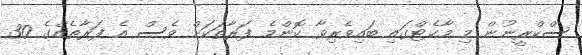
ސްކްރީނުން މި މާކެޓްގައި ބައިވެރިވާ ކޮންމެ ފަރާތަކަށް ވެސް އެ ފަރާތެއްގެ 30